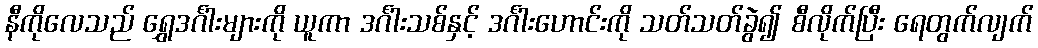
နီကိုလေသည် ရွှေဒင်္ဂါးများကို ယူကာ ဒင်္ဂါးသစ်နှင့် ဒင်္ဂါးဟောင်းကို သတ်သတ်ခွဲ၍ စီလိုက်ပြီး ရေတွက်လျက်